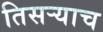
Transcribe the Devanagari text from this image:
तिसर्‍याच